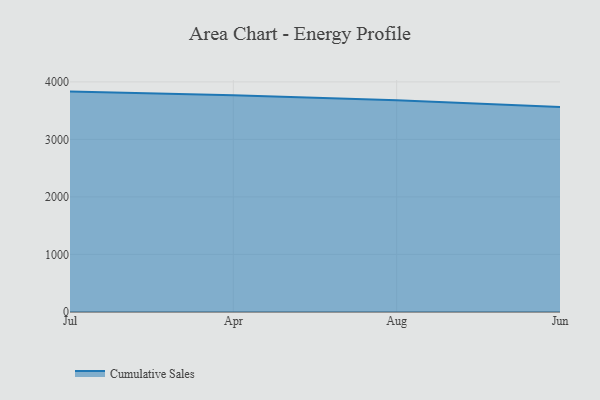
{"axis": {"x": "Month", "y": "Waste Production (Tons)"}, "legend": ["Cumulative Sales"], "data": [{"x": "Jul", "y": 3831.1, "type": "Cumulative Sales"}, {"x": "Apr", "y": 3767.0, "type": "Cumulative Sales"}, {"x": "Aug", "y": 3681.4, "type": "Cumulative Sales"}, {"x": "Jun", "y": 3562.6, "type": "Cumulative Sales"}]}